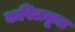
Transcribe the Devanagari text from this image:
कपिलकृत